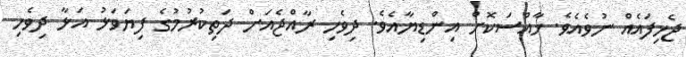
ޖެހިފައެއް ނުވެއެވެ. ޚާއްސަކޮށް އިންޑިޔާއެވެ. ދިވެހި ރާއްޖެއަށް ދަތިކުރުމުގެ ފިޔަވަޅު އަޅާ ދިވެހި